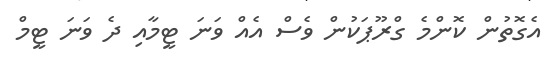
އެގޮތުން ކޮންމެ ގްރޫޕަކުން ވެސް އެއް ވަނަ ޓީމާއި ދެ ވަނަ ޓީމް